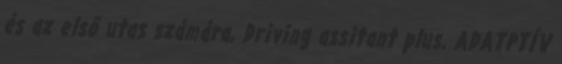
és az első utas számára, Driving assitant plus, ADATPTÍV